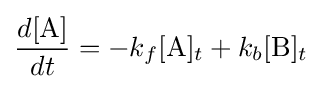
{\frac {d[{\mathrm {A} }]}{dt}}=-k_{f}[{\mathrm {A} }]_{t}+k_{b}[{\mathrm {B} }]_{t}